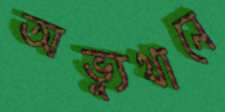
অভ্যুথানে